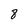
Character: 8